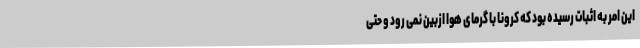
این امر به اثبات رسیده بود که کرونا با گرمای هوا ازبین نمی رود و حتی